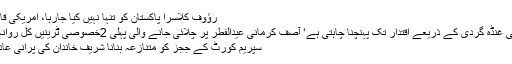
رؤوف کلاسرا پاکستان کو تنہا نہیں کیا جارہا، امریکی قانون ساز
پی ٹی آئی غنڈہ گردی کے ذریعے اقتدار تک پہنچنا چاہتی ہے‘ آصف کرمانی عیدالفطر پر چلائی جانے والی پہلی 2خصوصی ٹرینیں کل روانہ ہوںگی
سپریم کورٹ کے ججز کو متنازعہ بنانا شریف خاندان کی پُرانی عادت ہے ۔